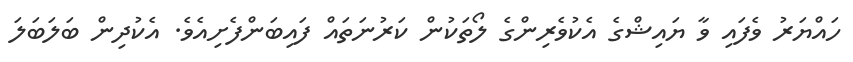
ހައްޔަރު ވެފައި ވާ ޔައިޝްގެ އެކުވެރިންގެ ލޯތަކުން ކަރުނަތައް ފައިބަންފެށިއެވެ. އެކުދިން ބަލަބަލަ